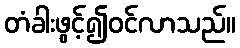
တံခါးဖွင့်၍ဝင်လာသည်။